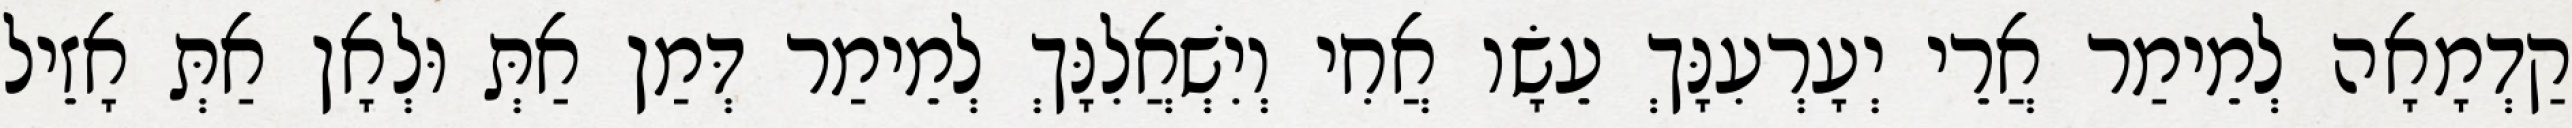
קַדְמָאָה לְמֵימַר אֲרֵי יְעָרְעִנָּךְ עֵשָׂו אֲחִי וְיִשְׁאֲלִנָּךְ לְמֵימַר דְּמַן אַתְּ וּלְאָן אַתְּ אָזֵיל